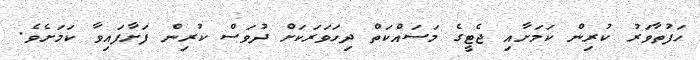
ހަފުތާވަރު ކުރިން ކަމަށާއި ޖެޓީގެ މަސައްކަތް ދިހަވަރަކަށް ދުވަސް ކުރިން ފަށާފައިވާ ކަމަށެވެ.